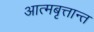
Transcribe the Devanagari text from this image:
आत्मबृत्तान्त